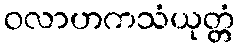
ဝလာဟကသံယုတ္တံ